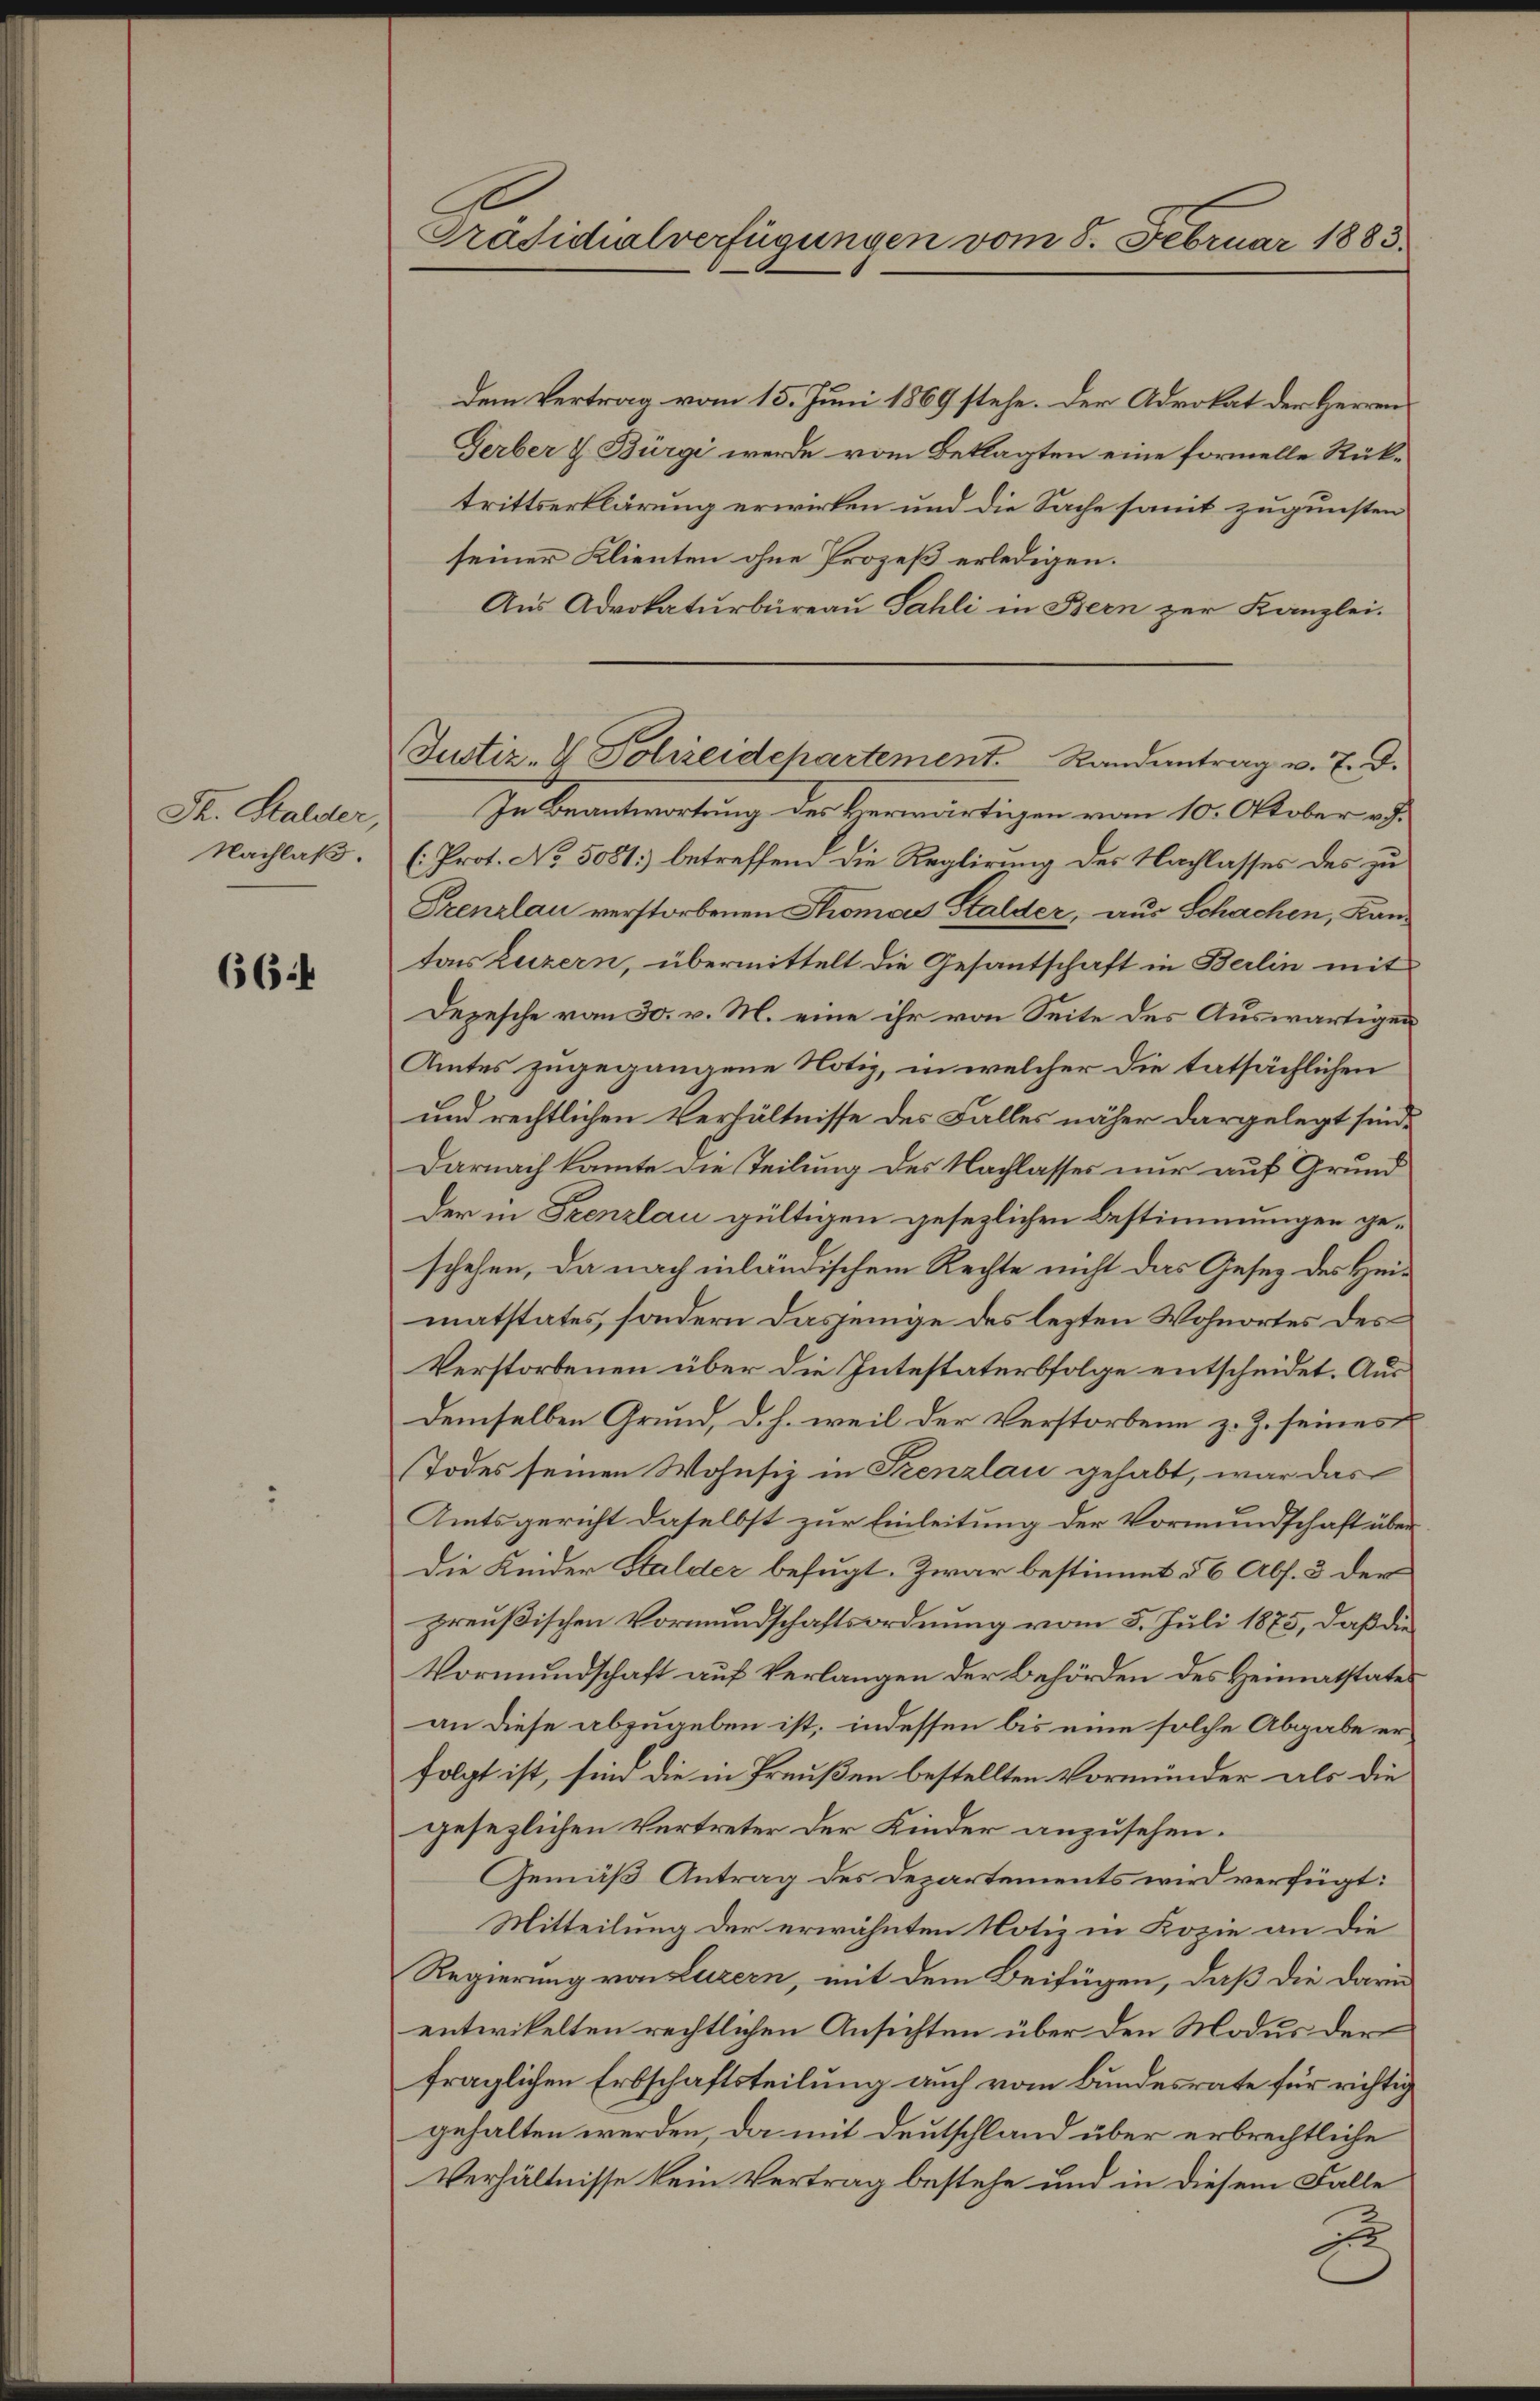
Th. Stalder,
Nachlaß.

66.4

Präsidialverfügungen vom 8. Februar 1883.

Justiz- & Polizeidchartement. Randantrag u. 7. d.

dem Vertrag vom 15. Juni 1869 stehe. Der Advokat der Herren
Gerber u. Bürgi werde vom Beklagten eine formelle Rüktrittserklärung erwirken und die Sache somit zugunsten
seiner Klienten ohne Prozeß erledigen.
Aus Advokaturbüreau Sahli in Bern zur Kanzlei.
In Beantwortung des Herwärtigen vom 10. Oktober v.J.
(: Prot. No. 5081) betreffend die Reglirung des Nachlasses des zu
Szenslau verstorbenen Thomas Stalder, aus Schachen, Kantars Luzern, übermittelt die Gesantschaft in Berlin mit
Depesche vom 30. v. M. eine ihr von Seite des Auswärtigen
Amtes zugegangene Notiz, in welcher die tatsächlichen
und rechtlichen Verhältnisse des Falles näher dargelegt sind,
Darnach kante die Teilung des Nachlasses nur auf Grund
der in Trenzlau gültigen gesezlichen Bestimmungen geschehen, da nach inländischem Rechte nicht das Gesez des Heimatstates, sondern dasjenige des lezten Wohnortes des
Verstorbenen über die Intestaterbfolge entscheidet. Ausdemselben Grund, d. h. weil der Verstorbene z. Z. seines
Todes seinen Wohnsiz in Trenzlau gehabt, war das
Amtsgericht daselbst zur Einleitung der Vormundschaft über
Die Kinder Stalder befugt. Zwar bestimmt § 6 Abs. 3 der
preußischen Vormundschaftsordnung vom 5. Juli 1875, daß die
Vormundschaft auf Verlangen der Behörden des Heimatstate
an diese abzugeben ist, indessen bis eine solche Abgabe er
folgt ist, sind die in Preußen bestellten Vormünder als die
gesezlichen Vertreter der Kinder anzusehen.
Gemäß Antrag des Departements wird verfügt:
Mitteilung der erwähnten Notiz in Kopie an die
Regierung von Luzern, mit dem Beifügen, daß die darin
entwickelten rechtlichen Ansichten über den Modus der
fraglichen Erbschaftsteilung auch vom Bundesrate für richtig
gehalten werden, da mit Deutschland über erbrechtliche
Verhältnisse kein Vertrag bestehe und in diesem Falle